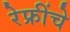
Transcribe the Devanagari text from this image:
रेफ्रींचे